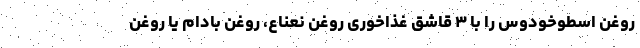
روغن اسطوخودوس را با ۳ قاشق غذاخوری روغن نعناع، روغن بادام یا روغن